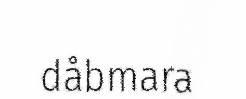
dåbmara